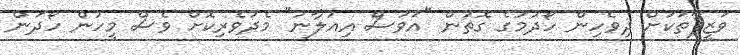
ވަޒީފާތަކަށް ދިވެހިން ހޯދުމުގެ ގޮތުން "އަވަސް އިއުލާނު" މެދުވެރިކޮށް ވެސް މީހުން ހޯދަން